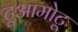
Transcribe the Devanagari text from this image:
टूआमोटू